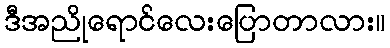
ဒီအညိုရောင်လေးပြောတာလား။